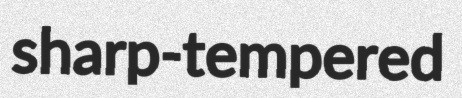
sharp-tempered